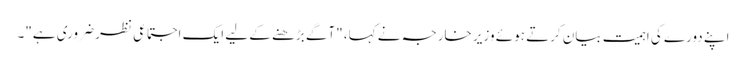
اپنے دورے کی اہمیت بیان کرتے ہوئے وزیر خارجہ نے کہا، "آگے بڑھنے کے لیے ایک اجتماعی نظر ضروری ہے"۔